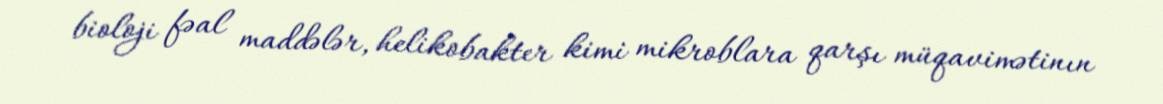
bioloji fəal maddələr, helikobakter kimi mikroblara qarşı müqavimətinın